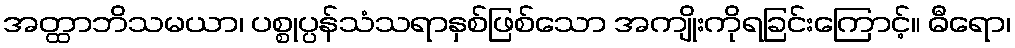
အတ္ထာဘိသမယာ၊ ပစ္စုပ္ပန်သံသရာနှစ်ဖြစ်သော အကျိုးကိုရခြင်းကြောင့်။ ဓီရော၊